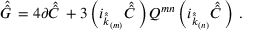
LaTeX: \hat { \hat { G } \, } = 4 \partial \hat { \hat { C } \, } + 3 \left( i _ { \hat { \hat { k } } _ { \scriptscriptstyle ( m ) } } \hat { \hat { C } \, } \right) Q ^ { m n } \left( i _ { \hat { \hat { k } } _ { \scriptscriptstyle ( n ) } } \hat { \hat { C } \, } \right) \, .